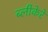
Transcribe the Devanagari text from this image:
ब्लीकेरे